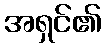
အရှင်၏